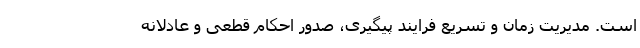
است. مدیریت زمان و تسریع فرایند پیگیری، صدور احکام قطعی و عادلانه